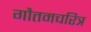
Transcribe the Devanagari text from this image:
गौतमचरित्र